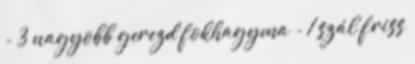
- 3 nagyobb gerezd fokhagyma - 1 szál friss